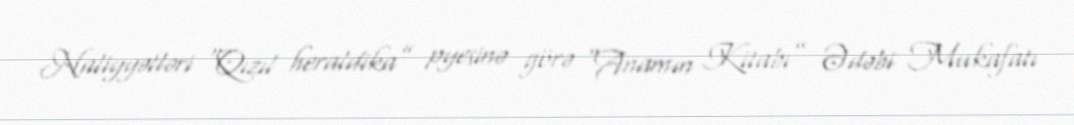
Naliyyətləri “Qızıl heraldika” pyesinə görə “Anamın Kitabı” Ədəbi Mukafatı